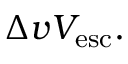
\Delta v V _ { \mathrm { e s c } } .